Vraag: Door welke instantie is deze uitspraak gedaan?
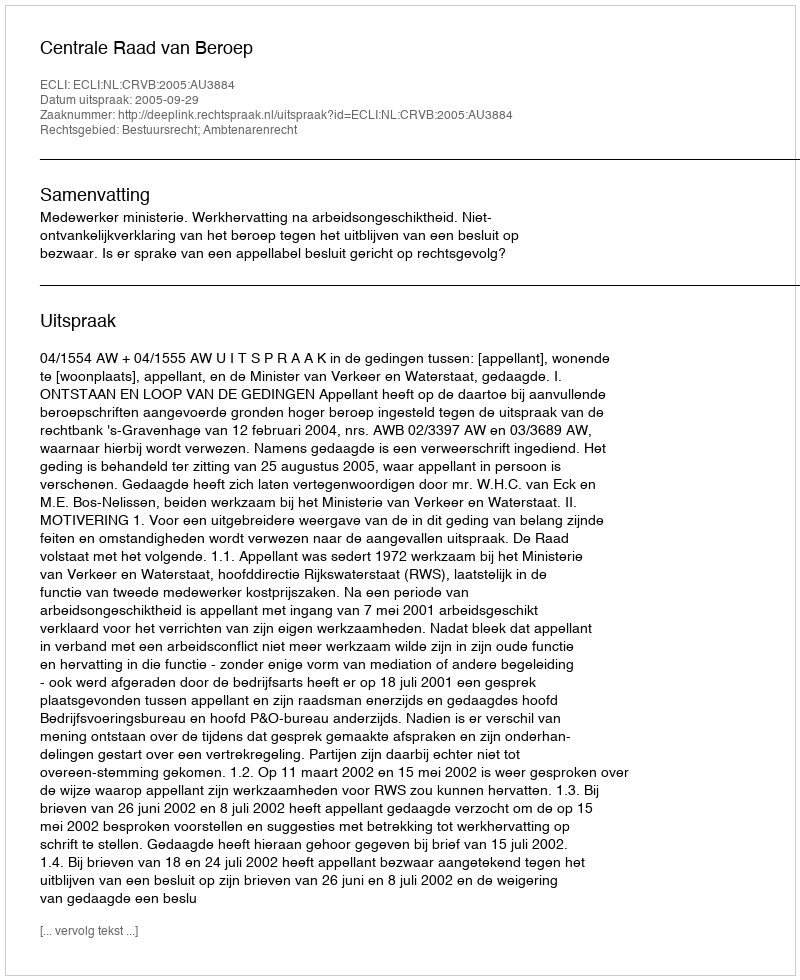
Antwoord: Centrale Raad van Beroep